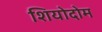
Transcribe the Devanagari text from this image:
शियोदोम